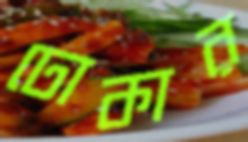
ঢোকার